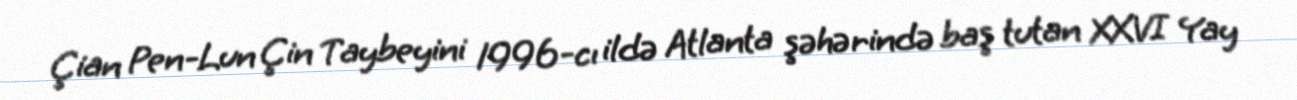
Çian Pen-Lun Çin Taybeyini 1996-cı ildə Atlanta şəhərində baş tutan XXVI Yay